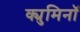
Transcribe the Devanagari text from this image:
क्युमिनॉ